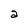
Character: a